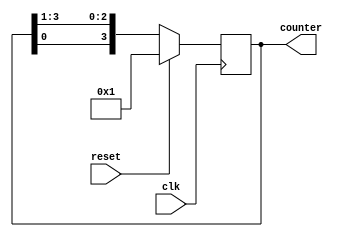
`timescale 1ns / 1ps

module ring_counter #(parameter N=4)
    (input clk, reset,
    output reg [N-1:0] counter );

always @(posedge clk) 
    begin
    
    if (reset) 
        counter <= 1;
     
    else 
        counter <= {counter[0], counter[N-1:1]};
    
    end
endmodule